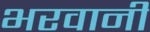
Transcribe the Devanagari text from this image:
भरवानी